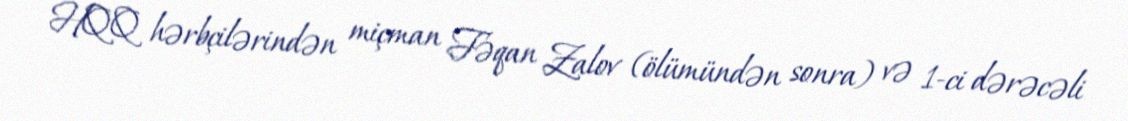
HQQ hərbçilərindən miçman Fəqan Zalov (ölümündən sonra) və 1-ci dərəcəli